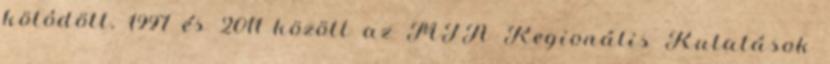
kötôdött. 1997 és 2011 között az MTA Regionális Kutatások